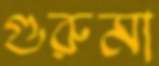
গুরুমা